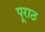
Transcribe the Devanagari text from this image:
पूराठ